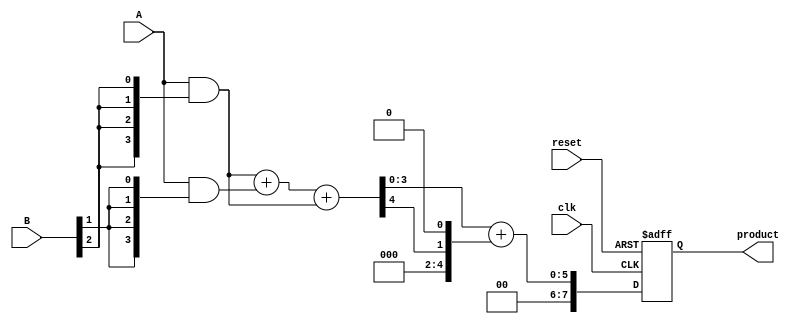
module wallace_tree_multiplier #(parameter N = 4) (
    input [N-1:0] A,
    input [N-1:0] B,
    input clk,
    input reset,
    output reg [2*N-1:0] product
);

    wire [N-1:0] partial_product [0:N-1]; // Partial products
    wire [N-1:0] sum [0:N-1];             // Sum and carry outputs
    wire [N-1:0] carry [0:N-1];

    // Partial Product Generation
    genvar i, j;
    generate
        for (i = 0; i < N; i = i + 1) begin: pp_gen
            assign partial_product[i] = A & {N{B[i]}};
        end
    endgenerate

    // Wallace Tree Reduction
    generate
        for (i = 0; i < N; i = i + 1) begin: reduction
            if (i == 0) begin
                assign sum[i] = partial_product[i];
                assign carry[i] = 0;
            end else begin
                if (i < N-1) begin
                    assign {carry[i], sum[i]} = partial_product[i] + partial_product[i - 1];
                end else begin
                    assign {carry[i], sum[i]} = sum[i - 1] + partial_product[i - 1];
                end
            end
        end
    endgenerate

    // Final Addition of the last two rows
    wire [2*N-1:0] final_sum;
    wire [2*N-1:0] final_carry;

    assign {final_carry[0], final_sum} = {1'b0, sum[N-1]} + {carry[N-1], 1'b0}; // Last stage

    // Output the final product
    always @(posedge clk or posedge reset) begin
        if (reset)
            product <= 0;
        else
            product <= final_sum;
    end

endmodule